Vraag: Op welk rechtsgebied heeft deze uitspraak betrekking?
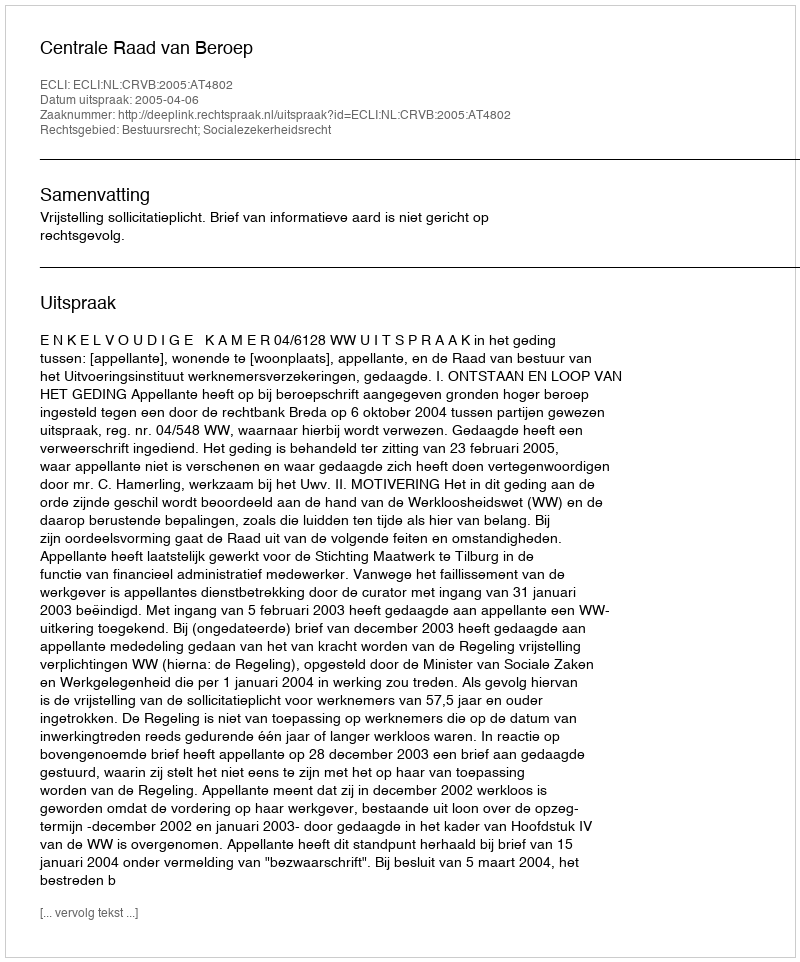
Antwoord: Bestuursrecht; Socialezekerheidsrecht